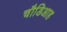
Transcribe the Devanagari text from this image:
चौडिआह